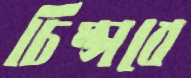
চিম্‌সবে